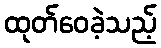
ထုတ်ဝေခဲ့သည့်